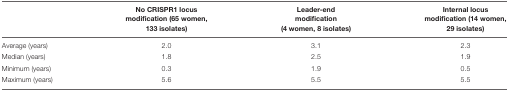
<table><thead><tr><td></td><td><b>No CRISPR1 locus modification (65 women, 133 isolates)</b></td><td><b>Leader-end modification (4 women, 8 isolates)</b></td><td><b>Internal locus modification (14 women, 29 isolates)</b></td></tr></thead><tbody><tr><td>Average (years)</td><td>2.0</td><td>3.1</td><td>2.3</td></tr><tr><td>Median (years)</td><td>1.8</td><td>2.5</td><td>1.9</td></tr><tr><td>Minimum (years)</td><td>0.3</td><td>1.9</td><td>0.5</td></tr><tr><td>Maximum (years)</td><td>5.6</td><td>5.5</td><td>5.5</td></tr></tbody></table>